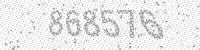
Solution: 868576